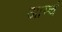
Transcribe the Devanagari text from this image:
आम्चं